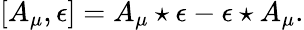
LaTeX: [A_{\mu},\epsilon]=A_{\mu}\star\epsilon-\epsilon\star A_{\mu}.